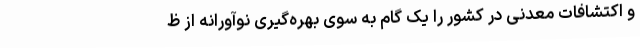
و اکتشافات معدنی در کشور را یک گام به سوی بهره‌گیری نوآورانه از ظ